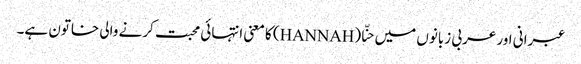
عبرانی اور عربی زبانوں میں حنّا (HANNAH) کا معنی انتہائی محبت کرنے والی خاتون ہے۔